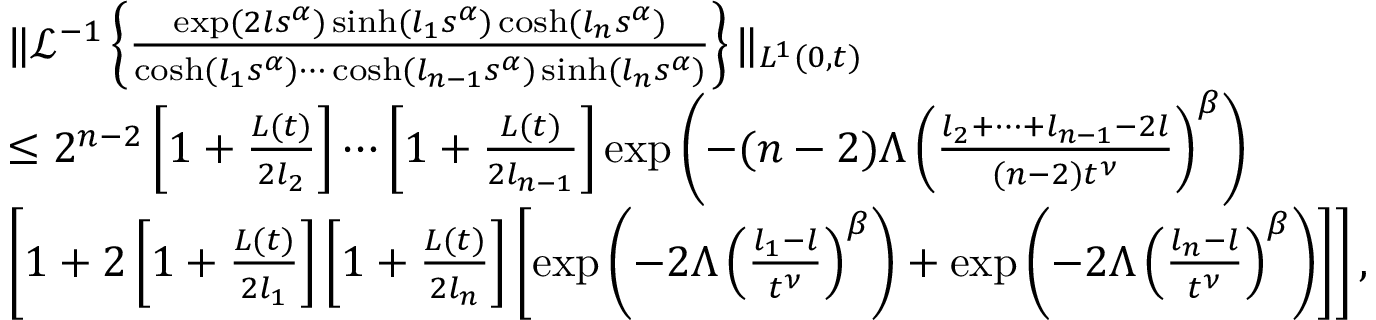
\begin{array} { r l } & { \| \mathcal { L } ^ { - 1 } \left\{ \frac { \exp ( 2 l s ^ { \alpha } ) \sinh ( l _ { 1 } s ^ { \alpha } ) \cosh ( l _ { n } s ^ { \alpha } ) } { \cosh ( l _ { 1 } s ^ { \alpha } ) \cdots \cosh ( l _ { n - 1 } s ^ { \alpha } ) \sinh ( l _ { n } s ^ { \alpha } ) } \right\} \| _ { L ^ { 1 } ( 0 , t ) } } \\ & { \leq 2 ^ { n - 2 } \left[ 1 + \frac { L ( t ) } { 2 l _ { 2 } } \right] \cdots \left[ 1 + \frac { L ( t ) } { 2 l _ { n - 1 } } \right] \exp \left( - ( n - 2 ) \Lambda \left( \frac { l _ { 2 } + \cdots + l _ { n - 1 } - 2 l } { ( n - 2 ) t ^ { \nu } } \right) ^ { \beta } \right) } \\ & { \left[ 1 + 2 \left[ 1 + \frac { L ( t ) } { 2 l _ { 1 } } \right] \left[ 1 + \frac { L ( t ) } { 2 l _ { n } } \right] \left[ \exp \left( - 2 \Lambda \left( \frac { l _ { 1 } - l } { t ^ { \nu } } \right) ^ { \beta } \right) + \exp \left( - 2 \Lambda \left( \frac { l _ { n } - l } { t ^ { \nu } } \right) ^ { \beta } \right) \right] \right] , } \end{array}